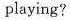
playing?